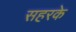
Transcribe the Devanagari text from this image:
सहरके